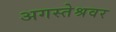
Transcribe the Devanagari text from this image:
अगस्‍तेश्रवर